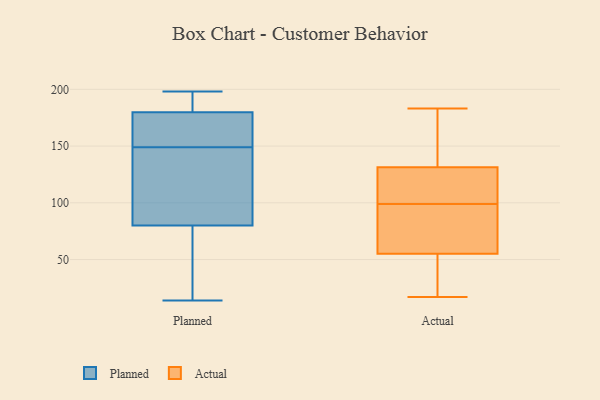
{"axis": {"x": "Conversion Rate (%)", "y": "Value"}, "legend": ["Actual", "Planned"], "data": [{"x": "", "y": 149, "type": "Planned"}, {"x": "", "y": 158, "type": "Planned"}, {"x": "", "y": 30, "type": "Planned"}, {"x": "", "y": 14, "type": "Planned"}, {"x": "", "y": 76, "type": "Planned"}, {"x": "", "y": 109, "type": "Planned"}, {"x": "", "y": 198, "type": "Planned"}, {"x": "", "y": 187, "type": "Planned"}, {"x": "", "y": 191, "type": "Planned"}, {"x": "", "y": 149, "type": "Planned"}, {"x": "", "y": 92, "type": "Planned"}, {"x": "", "y": 101, "type": "Actual"}, {"x": "", "y": 94, "type": "Actual"}, {"x": "", "y": 101, "type": "Actual"}, {"x": "", "y": 56, "type": "Actual"}, {"x": "", "y": 17, "type": "Actual"}, {"x": "", "y": 113, "type": "Actual"}, {"x": "", "y": 33, "type": "Actual"}, {"x": "", "y": 132, "type": "Actual"}, {"x": "", "y": 52, "type": "Actual"}, {"x": "", "y": 183, "type": "Actual"}, {"x": "", "y": 139, "type": "Actual"}, {"x": "", "y": 174, "type": "Actual"}, {"x": "", "y": 72, "type": "Actual"}, {"x": "", "y": 57, "type": "Actual"}, {"x": "", "y": 99, "type": "Actual"}, {"x": "", "y": 131, "type": "Actual"}, {"x": "", "y": 31, "type": "Actual"}]}